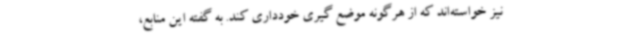
نیز خواسته‌اند که از هرگونه موضع گیری خودداری کند. به گفته این منابع،